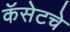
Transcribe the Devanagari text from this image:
कॅसेटचे